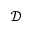
\mathcal { D }